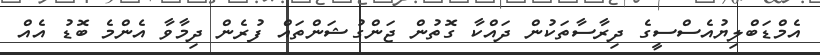
އެމްޑަބްލިޔުއެސްސީގެ ދިރާސާތަކުން ދައްކާ ގޮތުން ޖަންގުޝަންތައް ފުރެން ދިމާވާ އެންމެ ބޮޑު އެއް